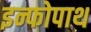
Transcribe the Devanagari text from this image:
इन्फोपाथ